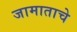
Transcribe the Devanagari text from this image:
जामाताचे